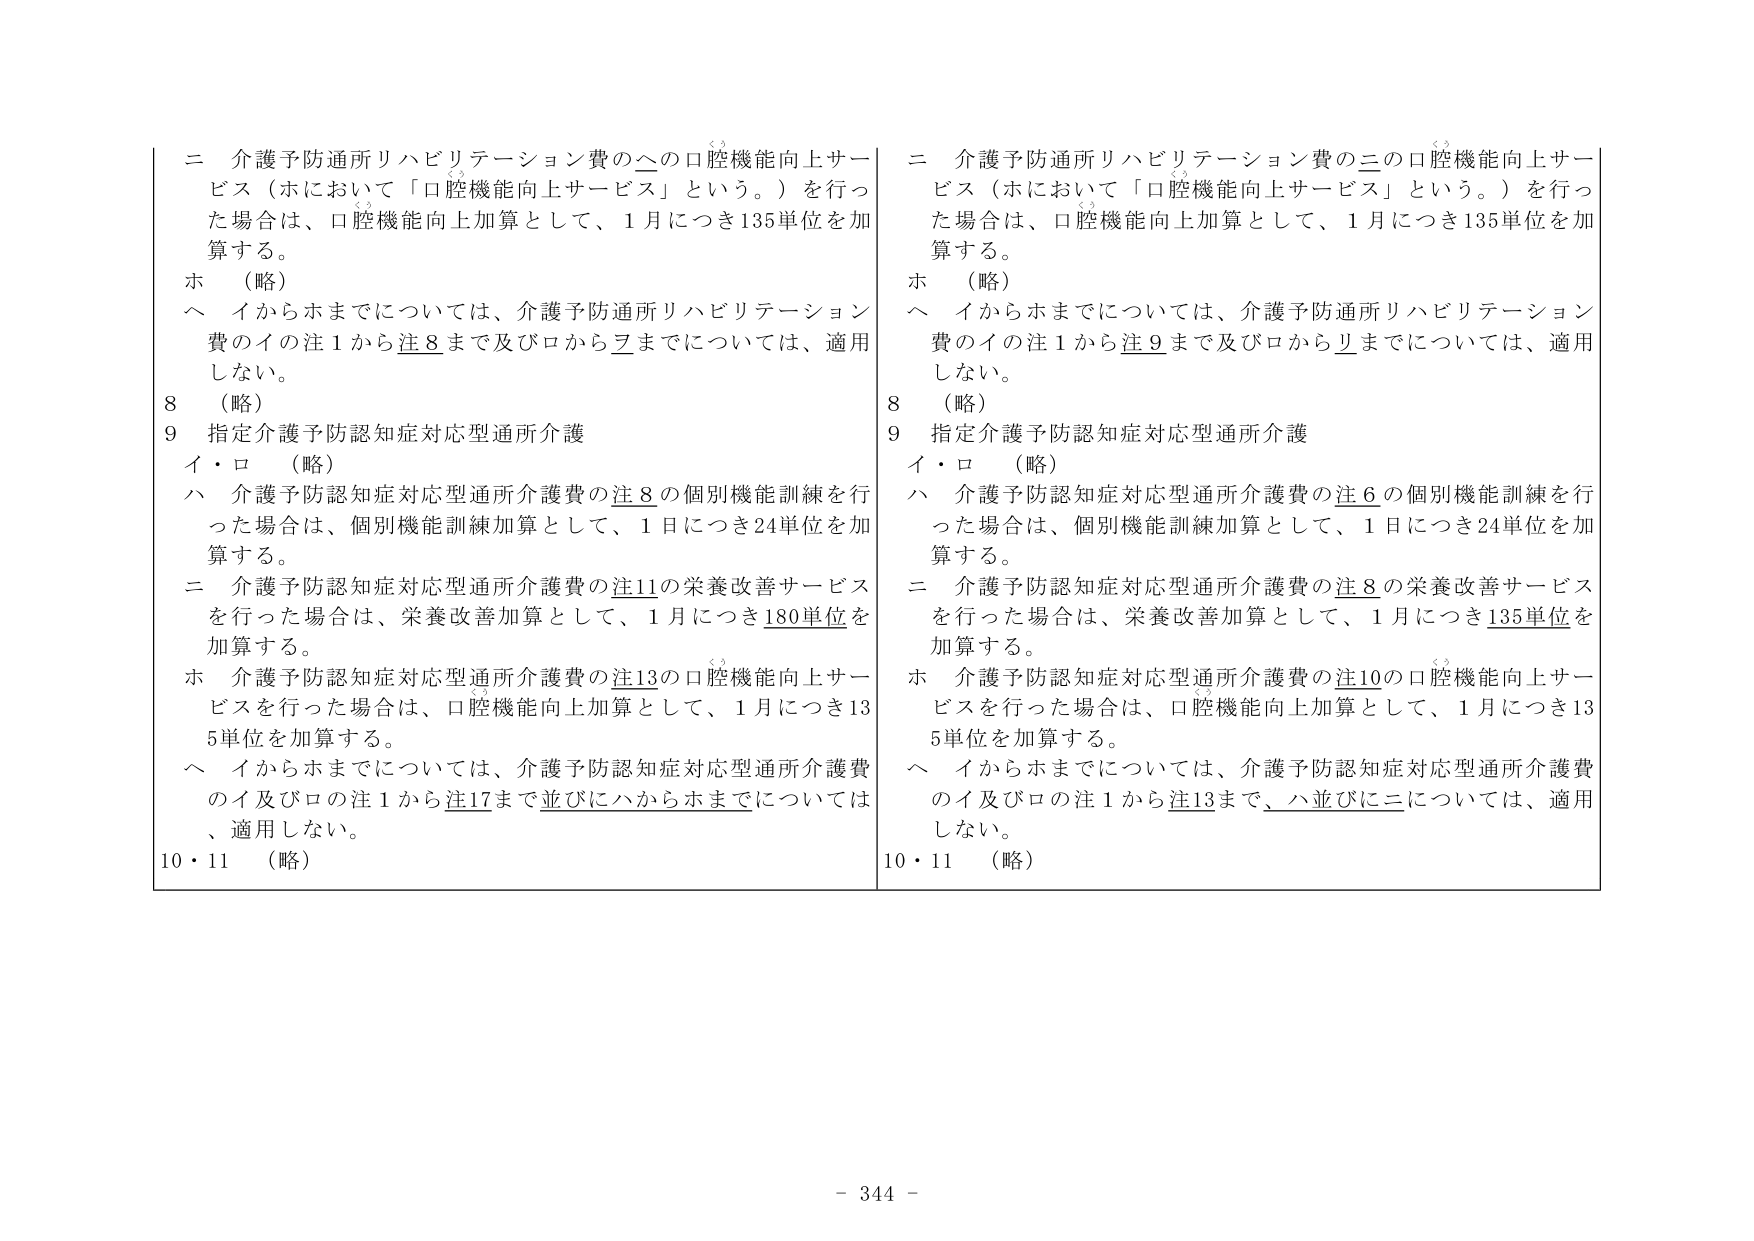
ニ 介護予防通所リハビリテーション費のヘの口腔機能向上サービス（ホにおいて「口腔機能向上サービス」という。）を行った場合は、口腔機能向上加算として、1月につき135単位を加算する。
ホ （略）
ヘ イからホまでについては、介護予防通所リハビリテーション費のイの注1から注8まで及びロからヲまでについては、適用しない。
8 （略）
9 指定介護予防認知症対応型通所介護
イ・ロ （略）
ハ 介護予防認知症対応型通所介護費の注8の個別機能訓練を行った場合は、個別機能訓練加算として、1日につき24単位を加算する。
ニ 介護予防認知症対応型通所介護費の注11の栄養改善サービスを行った場合は、栄養改善加算として、1月につき180単位を加算する。
ホ 介護予防認知症対応型通所介護費の注13の口腔機能向上サービスを行った場合は、口腔機能向上加算として、1月につき135単位を加算する。
ヘ イからホまでについては、介護予防認知症対応型通所介護費のイ及びロの注1から注17まで並びにハからホまでについては、適用しない。
10・11 （略）

ニ 介護予防通所リハビリテーション費のニの口腔機能向上サービス（ホにおいて「口腔機能向上サービス」という。）を行った場合は、口腔機能向上加算として、1月につき135単位を加算する。
ホ （略）
ヘ イからホまでについては、介護予防通所リハビリテーション費のイの注1から注9まで及びロからリまでについては、適用しない。
8 （略）
9 指定介護予防認知症対応型通所介護
イ・ロ （略）
ハ 介護予防認知症対応型通所介護費の注6の個別機能訓練を行った場合は、個別機能訓練加算として、1日につき24単位を加算する。
ニ 介護予防認知症対応型通所介護費の注8の栄養改善サービスを行った場合は、栄養改善加算として、1月につき135単位を加算する。
ホ 介護予防認知症対応型通所介護費の注10の口腔機能向上サービスを行った場合は、口腔機能向上加算として、1月につき135単位を加算する。
ヘ イからホまでについては、介護予防認知症対応型通所介護費のイ及びロの注1から注13まで、ハ並びにニについては、適用しない。
10・11 （略）

- 344 -